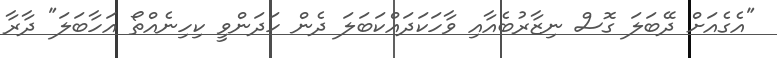
"އެގެއަށް ދޭބަލަ ގޮސް ނިޒާރުބެއާއި ވާހަކަދައްކަބަލަ ދެން ހަދަންވީ ކިހިނެއްތޯ އަހާބަލަ" ދާރާ